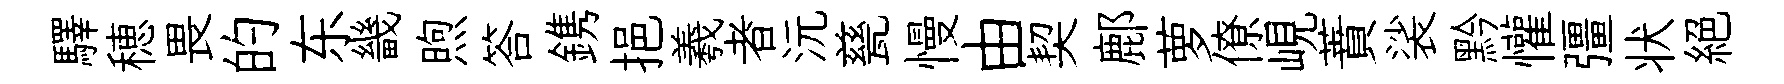
驛穂畏的东畿煦答鎸挹羲者沅甆慢由契鄜萝僚峴蕡裟黔懽彊状絕